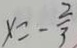
x = - \frac { 2 } { 3 }